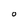
Character: O